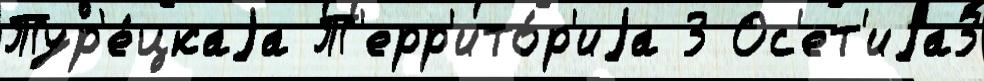
Тур'е́цкаjа Т'ерр'ито́р'иjа 3 Ос'ет'иjа3